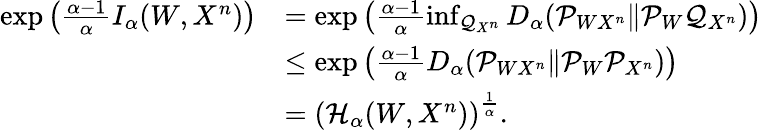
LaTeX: \begin{array}{rl}{\exp\left(\frac{\alpha-1}{\alpha}I_{\alpha}(W,X^{n})\right)}&{=\exp\left(\frac{\alpha-1}{\alpha}\operatorname*{inf}_{\mathcal{Q}_{X^{n}}}D_{\alpha}(\mathcal{P}_{WX^{n}}\| \mathcal{P}_{W}\mathcal{Q}_{X^{n}})\right)}\\ &{\leq\exp\left(\frac{\alpha-1}{\alpha}D_{\alpha}(\mathcal{P}_{WX^{n}}\| \mathcal{P}_{W}\mathcal{P}_{X^{n}})\right)}\\ &{=\left(\mathcal{H}_{\alpha}(W,X^{n})\right)^{\frac{1}{\alpha}}.}\end{array}